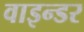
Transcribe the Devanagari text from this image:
वाइन्डर